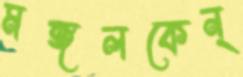
মঙ্গলকেন্